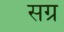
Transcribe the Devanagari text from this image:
सग्र